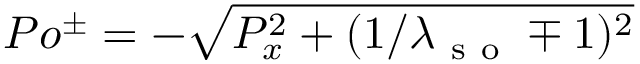
P o ^ { \pm } = - \sqrt { P _ { x } ^ { 2 } + ( 1 / \lambda _ { \mathrm { ~ s ~ o ~ } } \mp 1 ) ^ { 2 } }